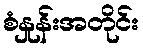
စံနှုန်းအတိုင်း